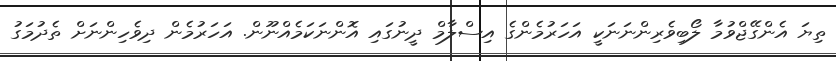
ތިޔަ އެންގޭޖްވުމާ ލޯބިވެރިންނަނަކީ އަހަރުމެންގެ އިސްލާމް ދީނުގައި އޮންނަކަމެއްނޫން. އަހަރުމެން ދިވެހިންނަށް ތެދުމަގު